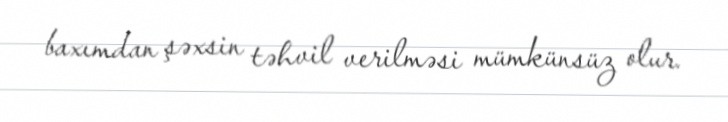
baxımdan şəxsin təhvil verilməsi mümkünsüz olur.